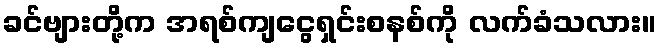
ခင်ဗျားတို့က အရစ်ကျငွေရှင်းစနစ်ကို လက်ခံသလား။